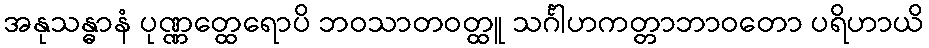
အနုသန္ဓာနံ ပုဏ္ဏတ္ထေရောပိ ဘဝသာတဝတ္ထူ သင်္ဂါဟကတ္တာဘာဝတော ပရိဟာယိ